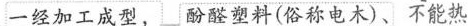
一经加工成型， 酚醛塑料(俗称电木)、不能热